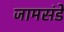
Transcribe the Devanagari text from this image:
जामसंडे